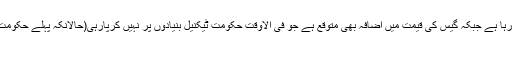
بجلی کی قیمت میں اضافہ ہورہا ہے جبکہ گیس کی قیمت میں اضافہ بھی متوقع ہے جو فی الاوقت حکومت ٹیکنیل بنیادوں پر نہیں کرپارہی(حالانکہ پہلے حکومت نے اس کا اعلان کردیا تھا)
۔